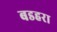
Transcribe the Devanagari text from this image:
बडहरा